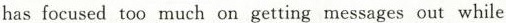
has focused too much on getting messages out while